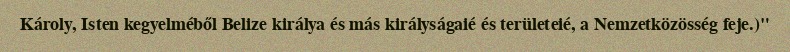
Károly, Isten kegyelméből Belize királya és más királyságaié és területeié, a Nemzetközösség feje.)"